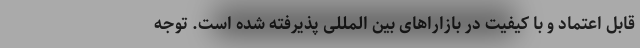
قابل اعتماد و با کیفیت در بازاراهای بین المللی پذیرفته شده است. توجه